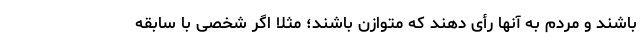
باشند و مردم به آنها رأی دهند که متوازن باشند؛ مثلا اگر شخصی با سابقه